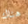
هناك